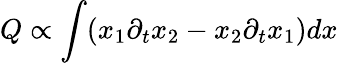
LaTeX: Q\propto\int(x_{1}\partial_{t}x_{2}-x_{2}\partial_{t}x_{1})dx